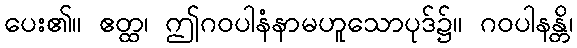
ပေး၏။ ဧတ္ထ၊ ဤဂဝပါနံနာမဟူသောပုဒ်၌။ ဂဝပါနန္တိ၊